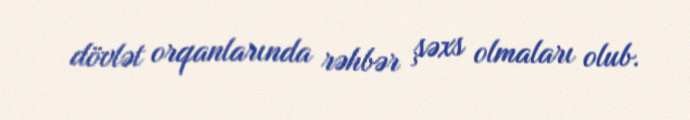
dövlət orqanlarında rəhbər şəxs olmaları olub.